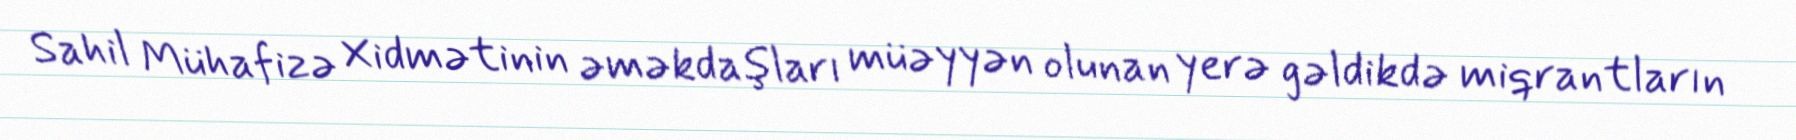
Sahil Mühafizə Xidmətinin əməkdaşları müəyyən olunan yerə gəldikdə miqrantların